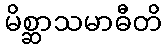
မိစ္ဆာသမာဓီတိ